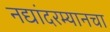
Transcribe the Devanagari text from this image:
नद्यांदरम्यानचा